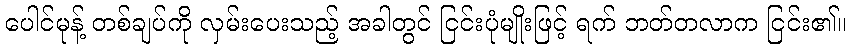
ပေါင်မုန့် တစ်ချပ်ကို လှမ်းပေးသည့် အခါတွင် ငြင်းပုံမျိုးဖြင့် ရက် ဘတ်တလာက ငြင်း၏။